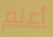
أعلم